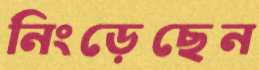
নিংড়েছেন